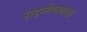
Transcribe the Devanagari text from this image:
राहणीमानाशी